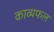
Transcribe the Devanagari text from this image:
काव्यफल